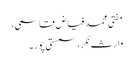
مفتی محمد فیاض قاسمی،
وارث نگر، سمستی پور۔